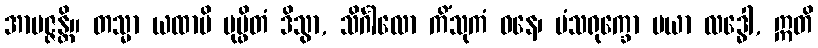
အာပဇ္ဇန္တိ။ တသ္မာ ယထာပိ ပုပ္ဖိတံ ဒိသွာ, သိင်္ဂါလော ကိံသုကံ ဝနေ၊ မံသရုက္ခော မယာ လဒ္ဓေါ, ဣတိ